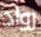
رواد